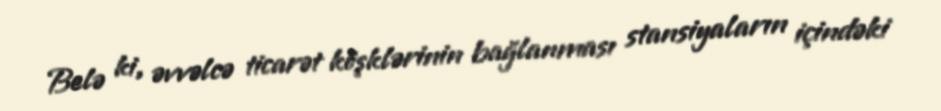
Belə ki, əvvəlcə ticarət köşklərinin bağlanması stansiyaların içindəki